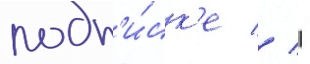
подп'и́ск'е //